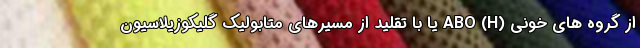
از گروه های خونی (ABO (H یا با تقلید از مسیرهای متابولیک گلیکوزیلاسیون